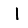
Digit: 1